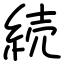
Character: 続